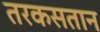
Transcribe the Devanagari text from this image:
तरकसतान